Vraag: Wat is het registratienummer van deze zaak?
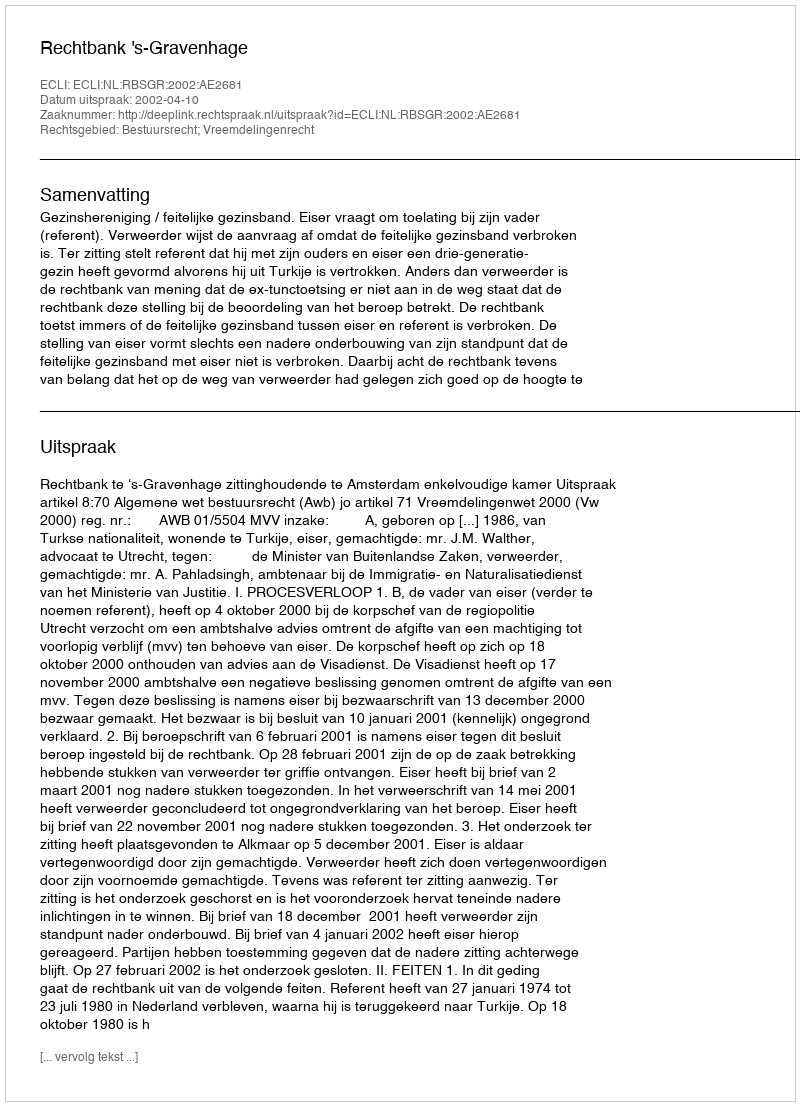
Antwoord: http://deeplink.rechtspraak.nl/uitspraak?id=ECLI:NL:RBSGR:2002:AE2681